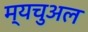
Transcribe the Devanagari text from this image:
म्यचुअल